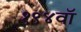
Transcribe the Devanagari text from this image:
१९४वॉ